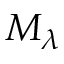
M _ { \lambda }